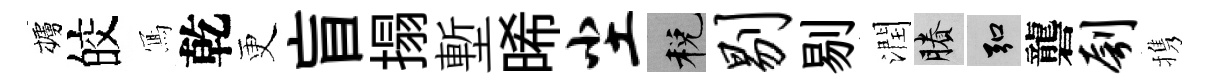
櫨皎𭂁乾更盲搨塹晞尘税剔剔潤賸弘礱刳携